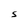
Character: S